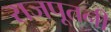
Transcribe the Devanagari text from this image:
राजपूतनी